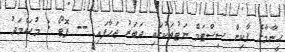
ހީނާމާގެ ޕާކިން ސިސްޓަމް ނަޓުތަކުގައި ދަބަރު ޖަހާފައި -- ފޮޓޯ : މުހައްމަދު